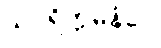
သပရိက္ကမနံပေ